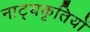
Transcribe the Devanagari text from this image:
नाट्यकृतियों